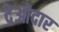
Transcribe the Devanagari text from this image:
देओदार